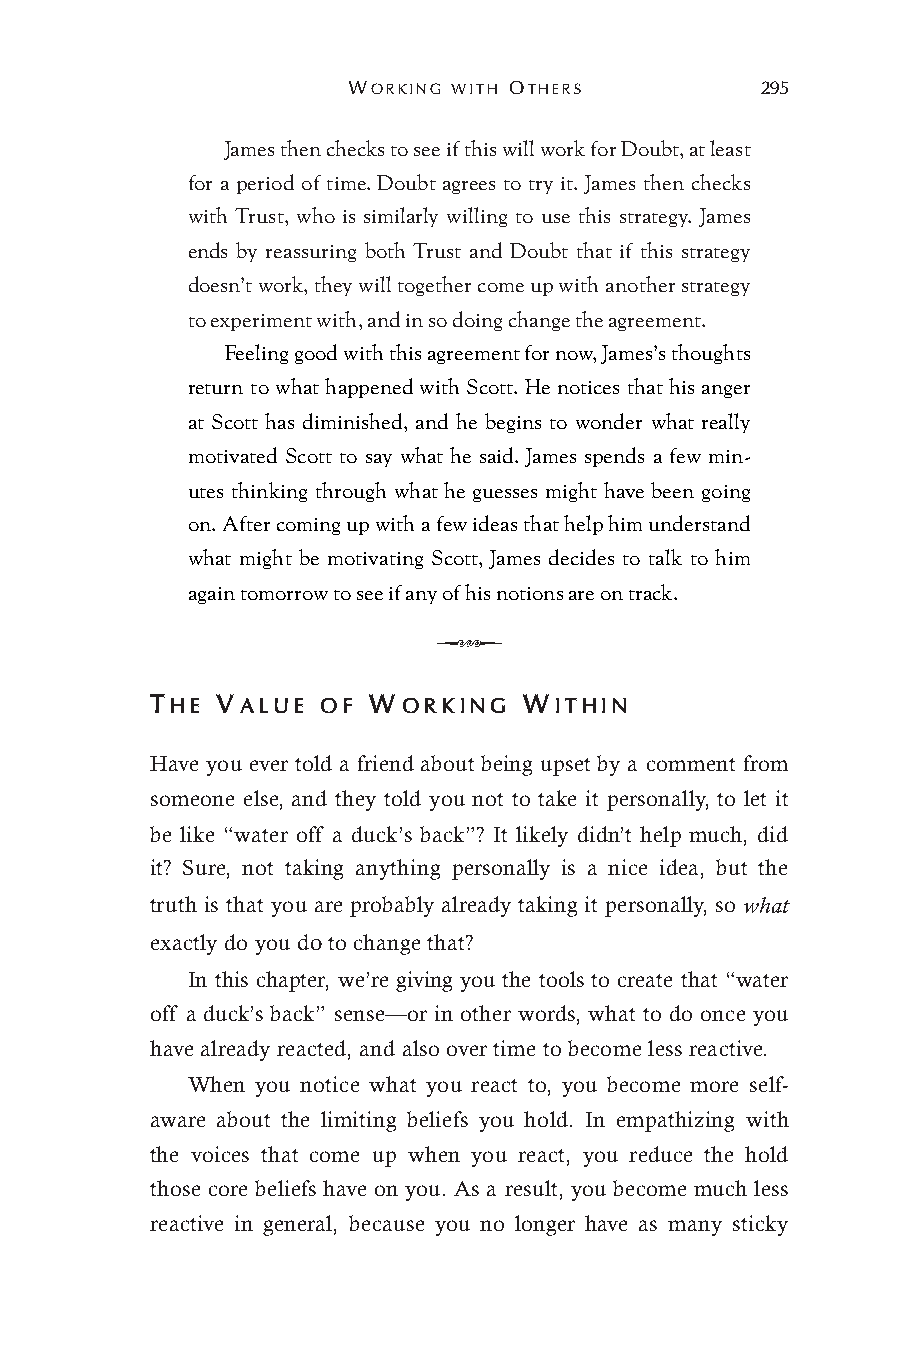
WORKING WITH OTHERS        295
 James then checks to see if this will work for Doubt, at least
 for a period of time. Doubt agrees to try it. James then checks
 with Trust, who is similarly willing to use this strategy. James
 ends by reassuring both Trust and Doubt that if this strategy
 doesn’t work, they will together come up with another strategy
 to experiment with, and in so doing change the agreement.
 Feeling good with this agreement for now, James’s thoughts
 return to what happened with Scott. He notices that his anger
 at Scott has diminished, and he begins to wonder what really
 motivated Scott to say what he said. James spends a few min-
 utes thinking through what he guesses might have been going
 on. After coming up with a few ideas that help him understand
 what might be motivating Scott, James decides to talk to him
 again tomorrow to see if any of his notions are on track.
 Q
 THE VALUE  OF WORKING    WITHIN
 Have you ever told a friend about being upset by a comment from
 someone else, and they told you not to take it personally, to let it
 be like “water off a duck’s back”? It likely didn’t help much, did
 it? Sure, not taking anything personally is a nice idea, but the
 truth is that you are probably already taking it personally, so what
 exactly do you do to change that?
 In this chapter, we’re giving you the tools to create that “water
 off a duck’s back” sense—or in other words, what to do once you
 have already reacted, and also over time to become less reactive.
 When you notice what you react to, you become more self-
 aware about the limiting beliefs you hold. In empathizing with
 the voices that come up when you react, you reduce the hold
 those core beliefs have on you. As a result, you become much less
 reactive in general, because you no longer have as many sticky